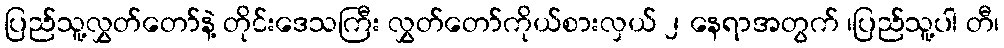
ပြည်သူ့လွှတ်တော်နဲ့ တိုင်းဒေသကြီး လွှတ်တော်ကိုယ်စားလှယ် ၂ နေရာအတွက် ၊ပြည်သူ့ပါ တီ၊